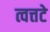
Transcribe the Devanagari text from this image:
त्वत्तटे